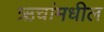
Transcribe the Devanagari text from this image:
ऋचांमधील